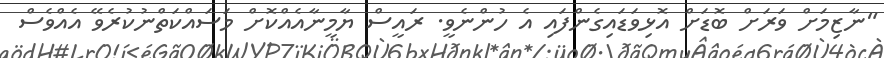
"ނާޒިމަށް ވަރަށް ބޮޑަށް އޮޅިވަޑައިގެންފައި އެ ހުންނެވީ. ރައީސް ޔާމީނާއެއްކޮށް މަސައްކަތްނުކުރެވޭ އެއްވެސް